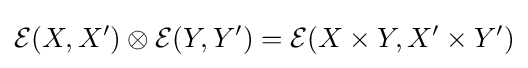
{\mathcal {E}}(X,X')\otimes {\mathcal {E}}(Y,Y')={\mathcal {E}}(X\times Y,X'\times Y')